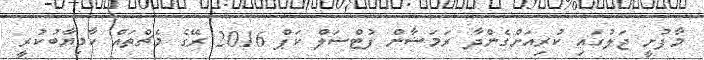
މާފުށީ ޖަލުގައި ކުރިއަށްގެންދާ ރަމަޟާން ފުޓްސަލް ކަޕް 2016 ރޭގެ މެޗްތައް ކާމިޔާބުކުރީ